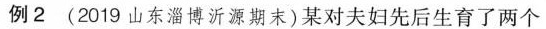
例2(2019山东淄博沂源期末)某对夫妇先后生育了两个